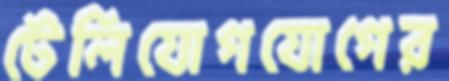
টেলিযোগযোগের